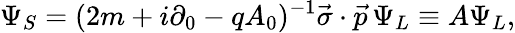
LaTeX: \Psi_{S}=(2m+i\partial_{0}-qA_{0})^{-1}\vec{\sigma}\cdot\vec{p}\, \Psi_{L}\equiv A\Psi_{L},